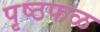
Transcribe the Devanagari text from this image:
पृष्ठफळ